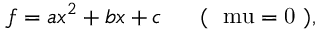
f = a x ^ { 2 } + b x + c \mathrm { \ \ \ \ \ ( ~ \ m u = 0 ~ ) , }